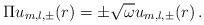
LaTeX: \begin{align*}\Pi u_{m,l,\pm }(r)=\pm \sqrt{\omega }u_{m,l,\pm }(r)\,. \end{align*}